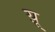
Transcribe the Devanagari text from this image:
य़ू